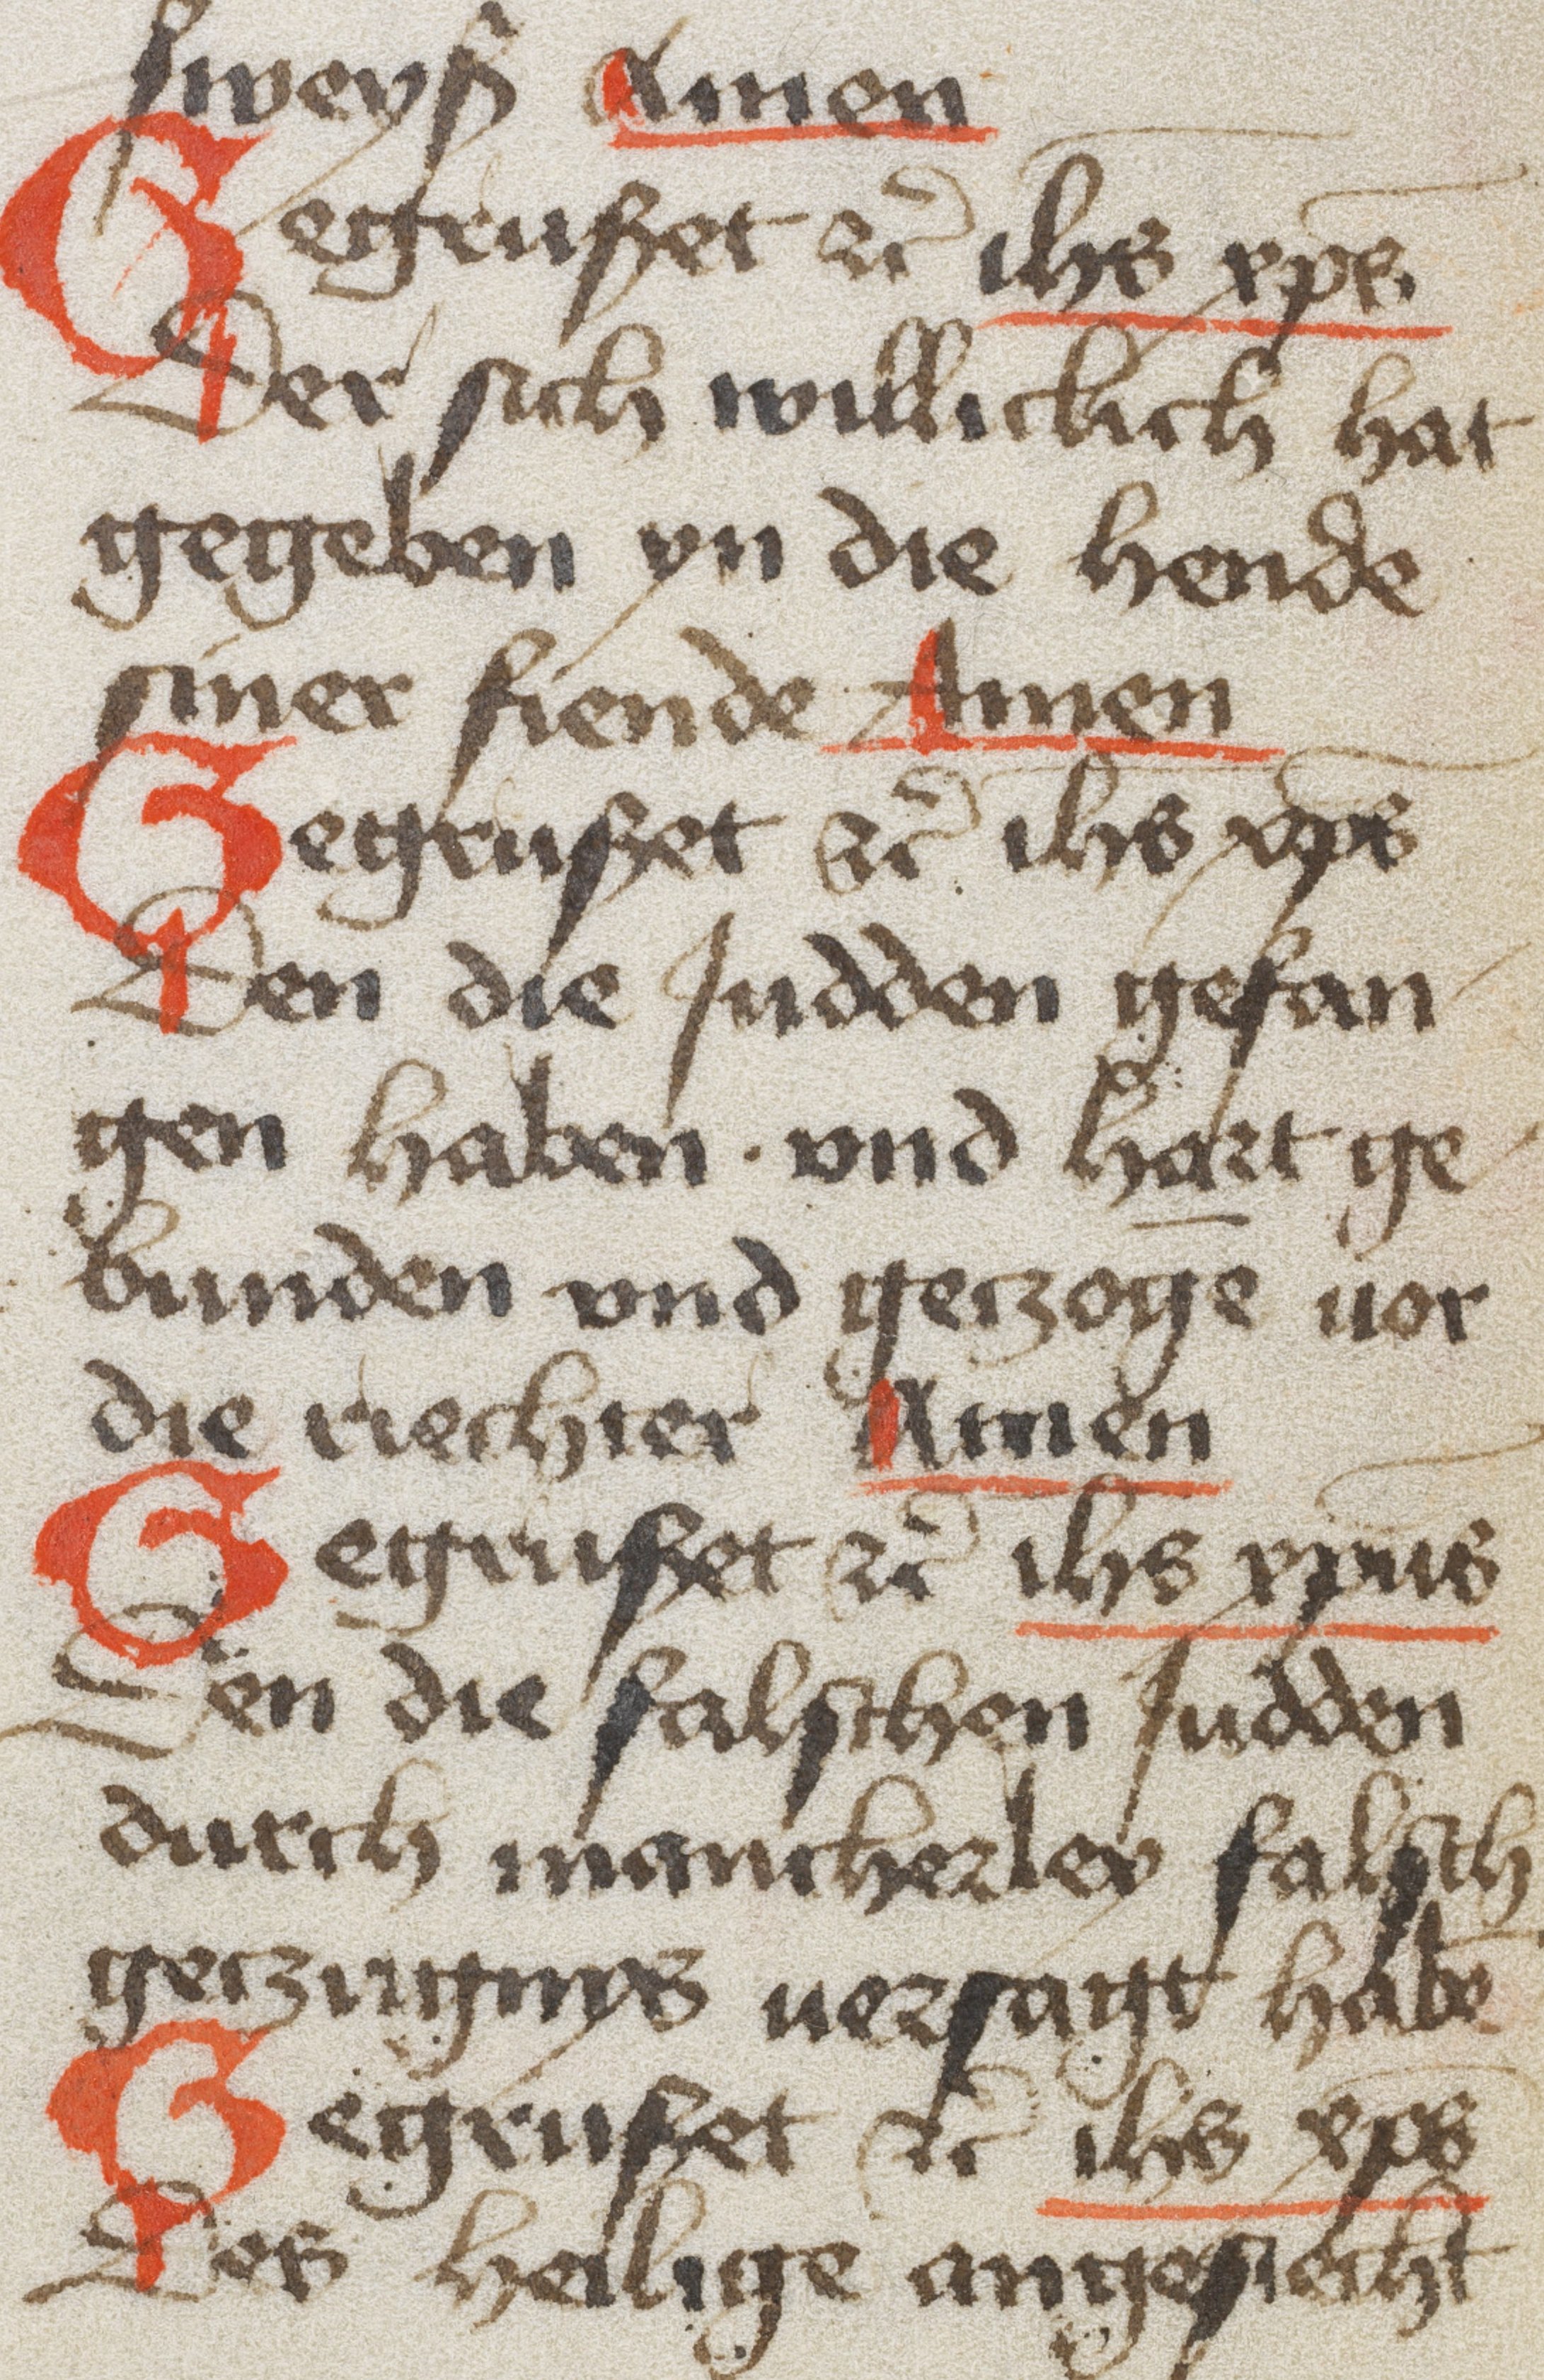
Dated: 1350–1499